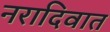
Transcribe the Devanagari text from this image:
नरादिवात